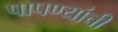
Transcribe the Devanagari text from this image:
पापण्यांची